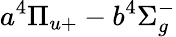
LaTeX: a^{4}\Pi_{u+}-b^{4}\Sigma_{g}^{-}